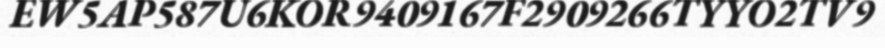
EW5AP587U6KOR9409167F2909266TYYO2TV9